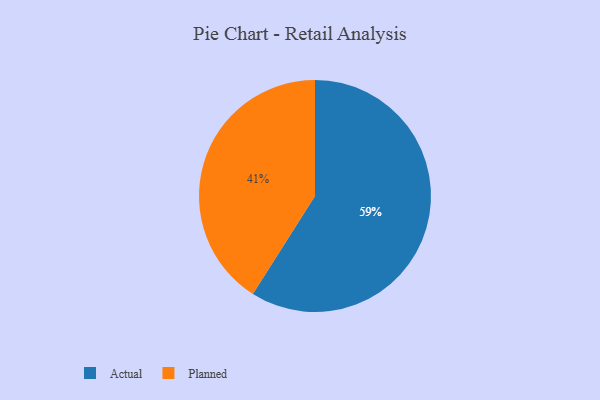
{"axis": {"x": "Category", "y": "Percentage"}, "legend": ["Actual", "Planned"], "data": [{"x": "Planned", "y": 41, "type": "Planned"}, {"x": "Actual", "y": 59, "type": "Actual"}]}